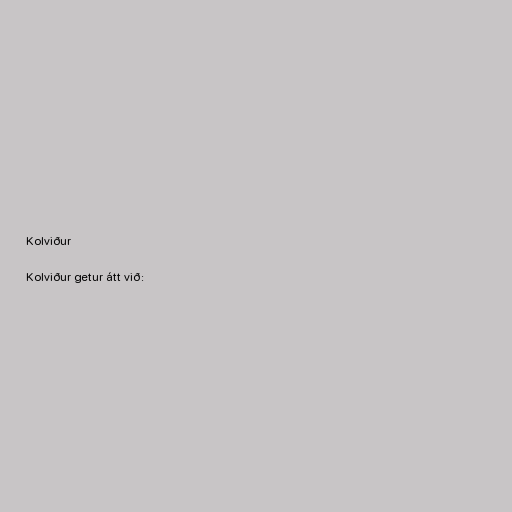
Kolviður

Kolviður getur átt við: